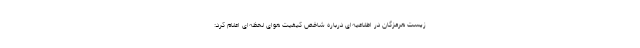
زیست هرمزگان در اطلاعیه‌ای درباره شاخص کیفیت هوای لحظه‌ای اعلام کرد: